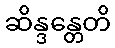
ဆိန္ဒန္တေတိ